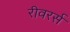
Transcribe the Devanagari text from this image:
रीवरर्स